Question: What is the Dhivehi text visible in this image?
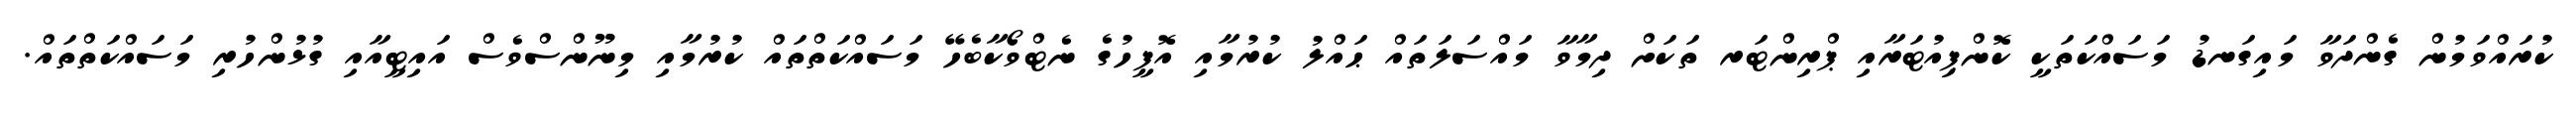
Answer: ކުރައްވަމުން ގެންދަވާ މައިގަނޑު މަސައްކަތަކީ ކޮންޕިއުޓަރާއި ޕްރިންޓަރ ތަކަށް ދިމާވާ މައްސަލަތައް ޙައްލު ކުރުމާއި އޮފީހުގެ ނެޓްވޯކާބެހޭ މަސައްކަތްތައް ކުރުމާއި މިނޫންސްވެސް އައިޓީއާއި ގުޅުންހުރި މަސައްކަތްތައް.